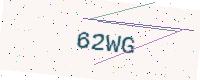
Text: 62WG